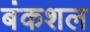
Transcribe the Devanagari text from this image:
बंकशल